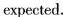
expected.